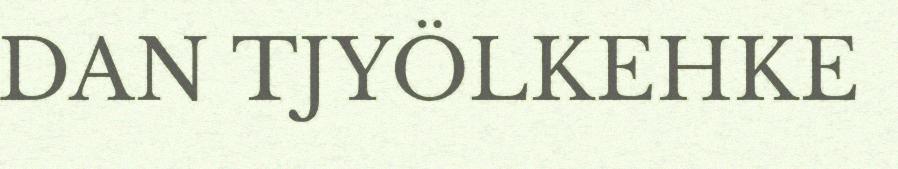
DAN TJYÖLKEHKE